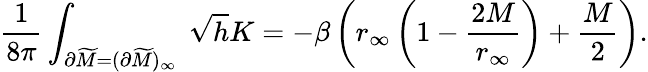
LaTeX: {\frac{1}{8\pi}}\int_{\partial\widetilde M=(\partial\widetilde M)_{\infty}}\ \sqrt{h}K=-\beta\left(r_{\infty}\left(1-{\frac{2M}{r_{\infty}}}\right)+{\frac{M}{2}}\right).